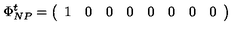
\Phi _ { N P } ^ { t } = \left( \begin{array} { l l l l l l l l } { 1 } & { 0 } & { 0 } & { 0 } & { 0 } & { 0 } & { 0 } & { 0 } \\ \end{array} \right)